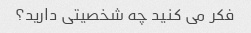
فکر می کنید چه شخصیتی دارید؟